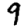
Digit: 9